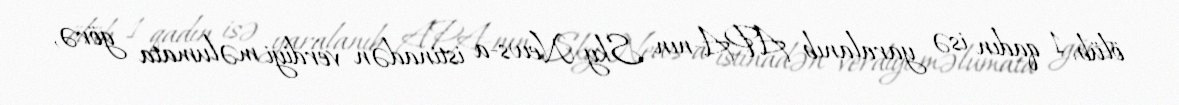
ölüb, 1 qadın isə yaralanıb APA-nın Sky News-a istinadən verdiyi məlumata görə,